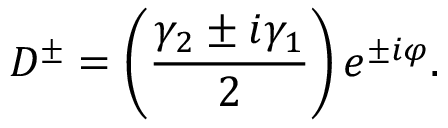
D ^ { \pm } = \left( \frac { \gamma _ { 2 } \pm i \gamma _ { 1 } } { 2 } \right) e ^ { \pm i \varphi } .